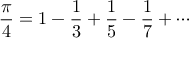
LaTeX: { \frac { \pi } { 4 } } = 1 - { \frac { 1 } { 3 } } + { \frac { 1 } { 5 } } - { \frac { 1 } { 7 } } + \cdots